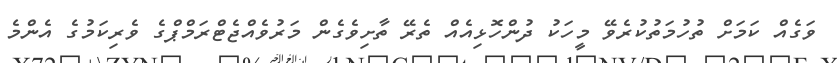
ވަގެއް ކަމަށް ތުހުމަތުކުރެވޭ މީހަކު ދުންހޮޅިއެއް ތެރޭ ތާށިވެގެން މަރުވެއްޖެޓްރަމްޕްގެ ވެރިކަމުގެ އެންމެ